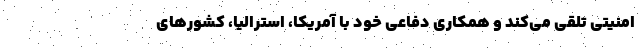
امنیتی تلقی می‌کند و همکاری دفاعی خود با آمریکا، استرالیا، کشورهای